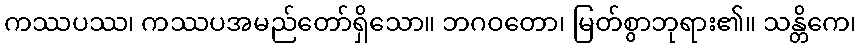
ကဿပဿ၊ ကဿပအမည်တော်ရှိသော။ ဘဂဝတော၊ မြတ်စွာဘုရား၏။ သန္တိကေ၊